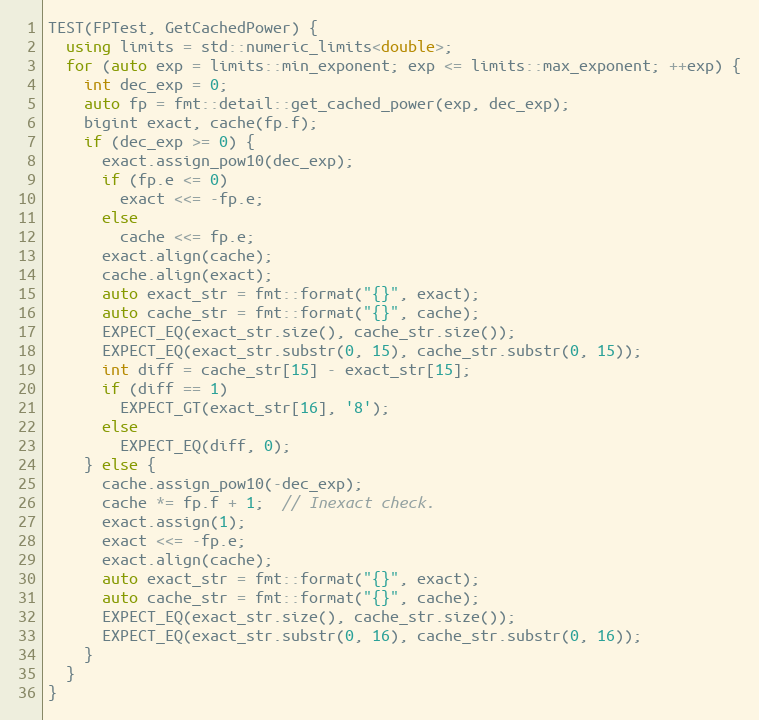
Language: C++
TEST(FPTest, GetCachedPower) {
  using limits = std::numeric_limits<double>;
  for (auto exp = limits::min_exponent; exp <= limits::max_exponent; ++exp) {
    int dec_exp = 0;
    auto fp = fmt::detail::get_cached_power(exp, dec_exp);
    bigint exact, cache(fp.f);
    if (dec_exp >= 0) {
      exact.assign_pow10(dec_exp);
      if (fp.e <= 0)
        exact <<= -fp.e;
      else
        cache <<= fp.e;
      exact.align(cache);
      cache.align(exact);
      auto exact_str = fmt::format("{}", exact);
      auto cache_str = fmt::format("{}", cache);
      EXPECT_EQ(exact_str.size(), cache_str.size());
      EXPECT_EQ(exact_str.substr(0, 15), cache_str.substr(0, 15));
      int diff = cache_str[15] - exact_str[15];
      if (diff == 1)
        EXPECT_GT(exact_str[16], '8');
      else
        EXPECT_EQ(diff, 0);
    } else {
      cache.assign_pow10(-dec_exp);
      cache *= fp.f + 1;  // Inexact check.
      exact.assign(1);
      exact <<= -fp.e;
      exact.align(cache);
      auto exact_str = fmt::format("{}", exact);
      auto cache_str = fmt::format("{}", cache);
      EXPECT_EQ(exact_str.size(), cache_str.size());
      EXPECT_EQ(exact_str.substr(0, 16), cache_str.substr(0, 16));
    }
  }
}